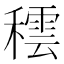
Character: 𥢚